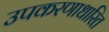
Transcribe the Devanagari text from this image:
उपकरणाधारित